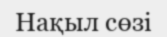
Нақыл сөзі